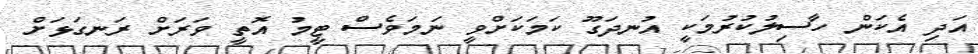
އަދި އެކަން ހާސިލުކުރުމަކީ އުނދަގޫ ކަމަކަށްވީ ނަމަވެސް ޓީމު އޮތީ ވަރަށް ރަނގަޅަށް